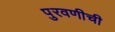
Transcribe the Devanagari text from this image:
पुरवणीची